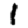
Digit: 1